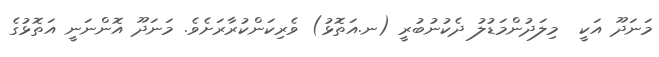
މަނަދޫ އަކީ  މިލަދުންމަޑުލު ދެކުނުބުރީ (ނ.އަތޮޅު) ވެރިކަންކުރާރަށެވެ. މަނަދޫ އޮންނަނީ އަތޮޅުގެ